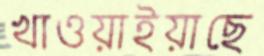
খাওয়াইয়াছে